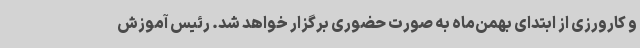
و کارورزی از ابتدای بهمن‌ماه به صورت حضوری برگزار خواهد شد. رئیس آموزش